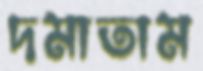
দমাতাম